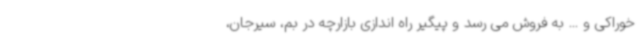
خوراکی و ... به فروش می رسد و پیگیر راه اندازی بازارچه در بم، سیرجان،